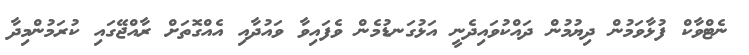
ނެޓްވާކް ފުޅާވަމުން ދިޔުމުން ދައްކުވައިދެނީ އަޅުގަނޑުމެން ވެފައިވާ ވައުދާއި އެއްގޮތަށް ރާއްޖޭގައި ކުރަމުންމިދާ